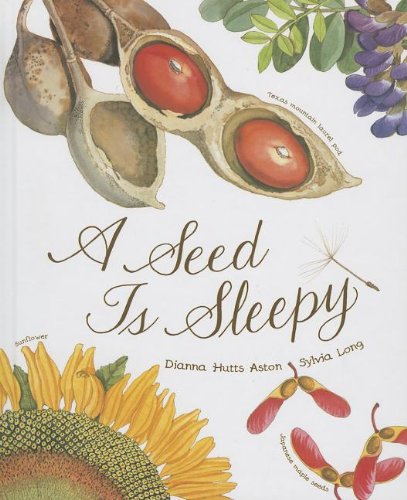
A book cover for A Seed is Sleepy (Nature Books); Dianna Hutts Aston; Children's Books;